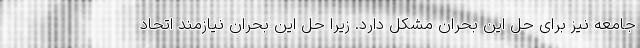
جامعه نیز برای حل این بحران مشکل دارد. زیرا حل این بحران نیازمند اتحاد